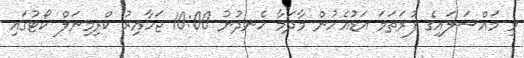
މި މައްސަލައިގެ ފުރަތަމަ އަޑުއެހުން މާދަމާ ހެނދުނު 10:00 ޖަހާއިރު ކްރިމިނަލް ކޯޓުގައި